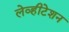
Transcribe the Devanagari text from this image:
लेव्हीटेशन